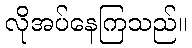
လိုအပ်နေကြသည်။